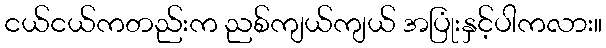
ငယ်ငယ်ကတည်းက ညစ်ကျယ်ကျယ် အပြုံးနှင့်ပါကလား။